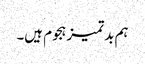
ہم بدتمیز ہجوم ہیں۔